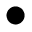
\bullet